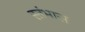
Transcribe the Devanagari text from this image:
स्तंभास